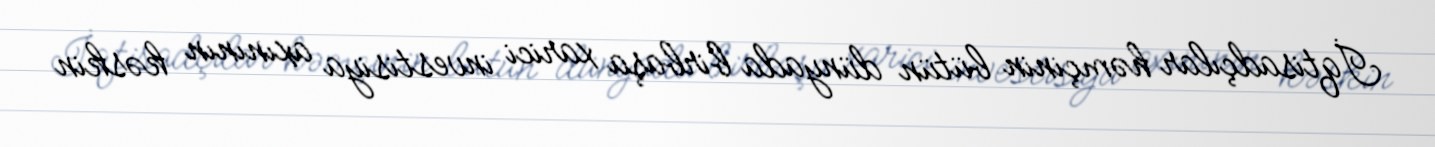
İqtisadçılar həmçinin bütün dünyada birbaşa xarici investisiya axınının kəskin